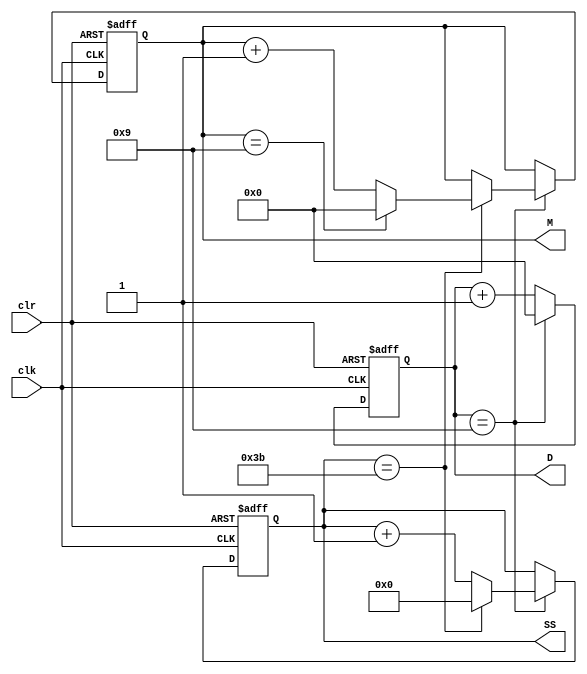
module stopwatch (
    input wire clk,
    input wire clr,
    output reg [3:0] M,
    output reg [5:0] SS,
    output reg [3:0] D
  );

  always @(posedge clk or posedge clr)
  begin: calculate_tenth_second
    if (clr)
    begin 
      M <= 4'b0000;
      SS <= 6'b000000;
      D <= 4'b0000;
    end
    else
    begin
      D <= D + 1;
      if (D == 4'b1001)
      begin
        D <= 4'b0000;
        SS <= SS + 1;
        if (SS == 6'b111011)
        begin
          SS <= 6'b000000;
          M <= M + 1;
          if (M == 4'b1001)
            M <= 4'b0000;
        end
      end
    end
  end

endmodule